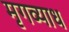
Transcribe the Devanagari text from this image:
मृगव्याध